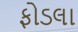
ફોડલા